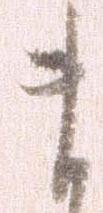
ま